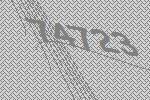
74723